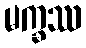
မက္ခဿ